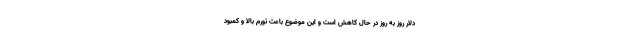
دلار روز به روز در حال کاهش است و این موضوع باعث تورم بالا و کمبود